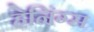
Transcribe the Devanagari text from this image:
हेनिंग्स